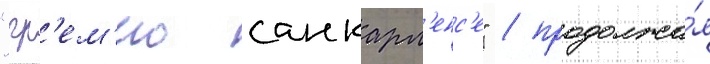
"гр'ем'ио санкарл'енс'е" / продолжа́я